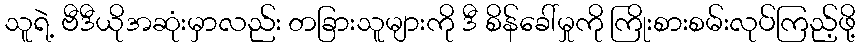
သူရဲ့ ဗီဒီယိုအဆုံးမှာလည်း တခြားသူများကို ဒီ စိန်ခေါ်မှုကို ကြိုးစားစမ်းလုပ်ကြည့်ဖို့